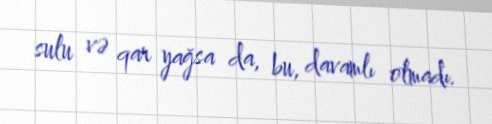
sulu və qar yağsa da, bu, davamlı olmadı.